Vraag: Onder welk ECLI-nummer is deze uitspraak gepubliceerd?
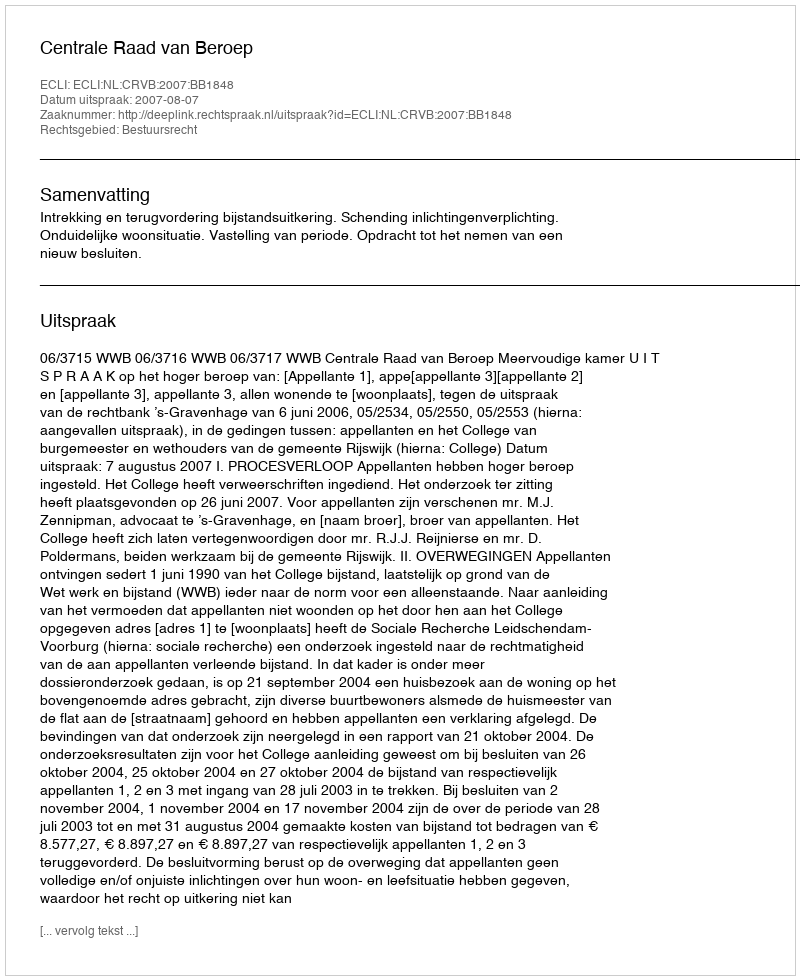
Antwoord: ECLI:NL:CRVB:2007:BB1848